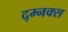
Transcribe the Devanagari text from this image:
द्म्नक्स